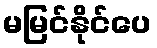
မမြင်နိုင်ပေ